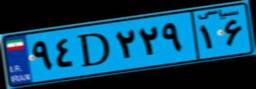
۹۴D۲۲۹۱۶